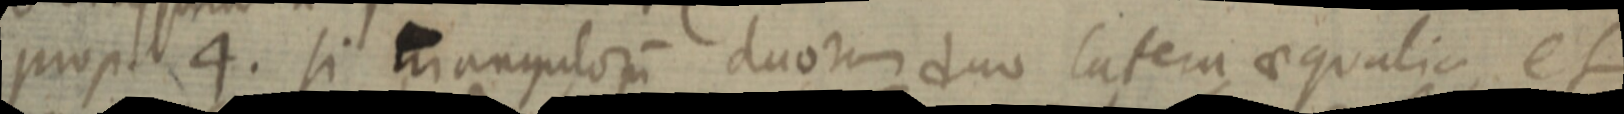
prop. 4. si triangulorum duorum duo latera aequalia et